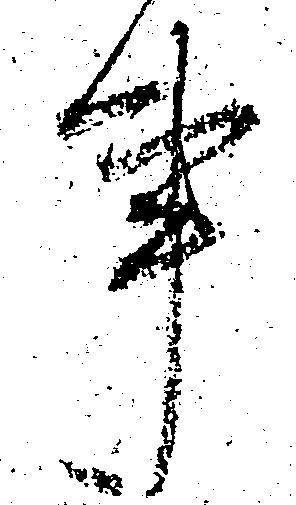
事